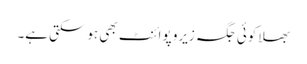
بھلا کوئی جگہ زیرو پوائنٹ بھی ہوسکتی ہے۔